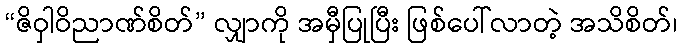
“ဇိဝှါဝိညာဏ်စိတ်” လျှာကို အမှီပြုပြီး ဖြစ်ပေါ်လာတဲ့ အသိစိတ်၊